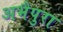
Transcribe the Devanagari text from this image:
अभैपुरा